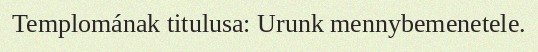
Templomának titulusa: Urunk mennybemenetele.